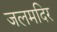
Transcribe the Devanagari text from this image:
जलमदिर